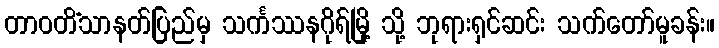
တာဝတိံသာနတ်ပြည်မှ သင်္ကဿနဂိုရ်မြို့ သို့ ဘုရားရှင်ဆင်း သက်တော်မူခန်း။